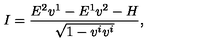
I = \frac { E ^ { 2 } v ^ { 1 } - E ^ { 1 } v ^ { 2 } - H } { \sqrt { 1 - v ^ { i } v ^ { i } } } ,